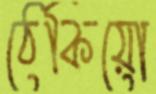
ঠেকিয়ো